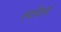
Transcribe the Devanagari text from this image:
स्वोदय